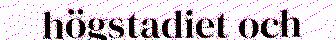
högstadiet och